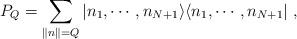
LaTeX: \begin{align*}P_Q=\sum_{\| n\|=Q}\vert n_1,\cdots,n_{N+1}\rangle\langle n_1,\cdots,n_{N+1}\vert\ ,\end{align*}